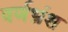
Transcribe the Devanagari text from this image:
वर्णभ्रंश